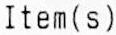
ITEM(S)